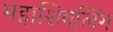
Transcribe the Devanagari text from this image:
महाशिवलिंग